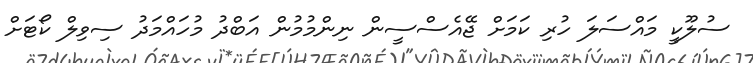
ސުލޫކީ މައްސަލަ ހުރި ކަމަށް ޖޭއެސްސީން ނިންމުމުން އަބްދު މުހައްމަދު ސިވިލް ކޯޓަށް